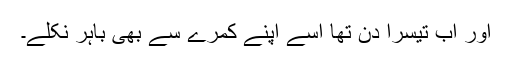
اور اب تیسرا دن تھا اُسے اپنے کمرے سے بھی باہر نکلے۔